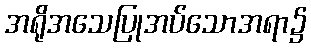
အရိုအသေပြုအပ်သောအရာ၌